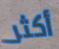
أكثر